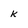
Character: k